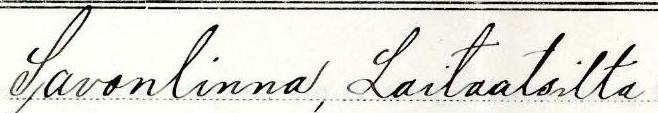
Savonlinna, Laitaatsilta